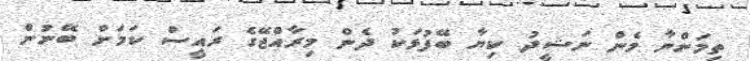
ތިމަންނާ މެން ނަޝީދު ކިޔާ ބޭފުޅަކު ދެން މިރާއްޖޭގެ ރައީސް ކަމަށް ބޭނުން